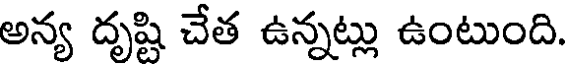
అన్య దృష్టి చేత ఉన్నట్లు ఉంటుంది.